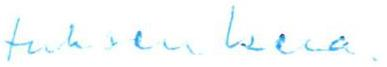
tuksen kera.